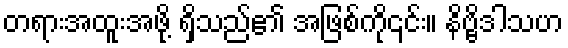
တရားအထူးအဖို့ ရှိသည်၏ အဖြစ်ကို၎င်း။ နိဗ္ဗိဒါသဟ